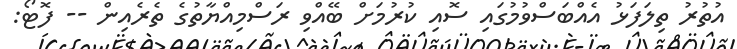
އުތުރު ތިލަފަޅު އެއްބަސްވުމުގައި ސޮއި ކުރުމަށް ބޭއްވި ރަސްމިއްޔާތުގެ ތެރެއިން -- ފޮޓޯ: